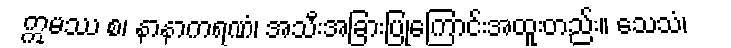
ဣမဿ စ၊ နာနာကရဏံ၊ အသီးအခြားပြုကြောင်းအထူးတည်း။ သေသံ၊